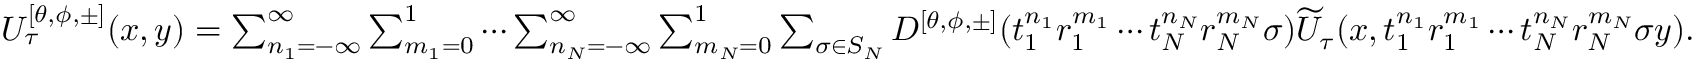
\begin{array} { r } { U _ { \tau } ^ { [ \theta , \phi , \pm ] } ( x , y ) = \sum _ { n _ { 1 } = - \infty } ^ { \infty } \sum _ { m _ { 1 } = 0 } ^ { 1 } \cdots \sum _ { n _ { N } = - \infty } ^ { \infty } \sum _ { m _ { N } = 0 } ^ { 1 } \sum _ { \sigma \in S _ { N } } D ^ { [ \theta , \phi , \pm ] } ( t _ { 1 } ^ { n _ { 1 } } r _ { 1 } ^ { m _ { 1 } } \cdots t _ { N } ^ { n _ { N } } r _ { N } ^ { m _ { N } } \sigma ) \widetilde { U } _ { \tau } ( x , t _ { 1 } ^ { n _ { 1 } } r _ { 1 } ^ { m _ { 1 } } \cdots t _ { N } ^ { n _ { N } } r _ { N } ^ { m _ { N } } \sigma y ) . } \end{array}